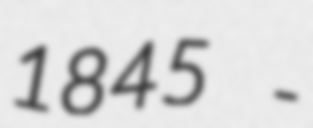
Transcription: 1845 -